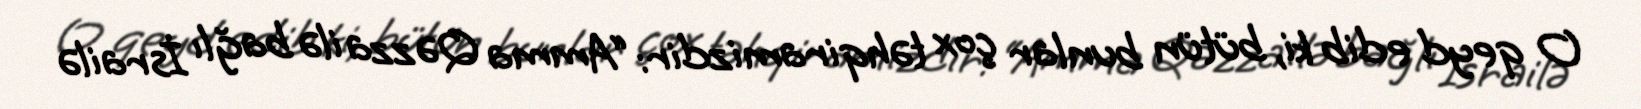
O qeyd edib ki, bütün bunlar çox təhqiramizdir: “Amma Qəzza ilə bağlı İsrailə